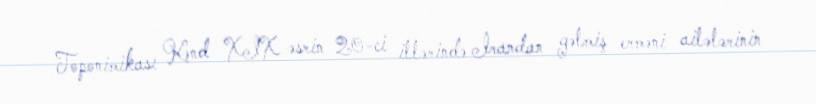
Toponimikası Kənd XIX əsrin 20-ci illərində İrandan gəlmiş erməni ailələrinin